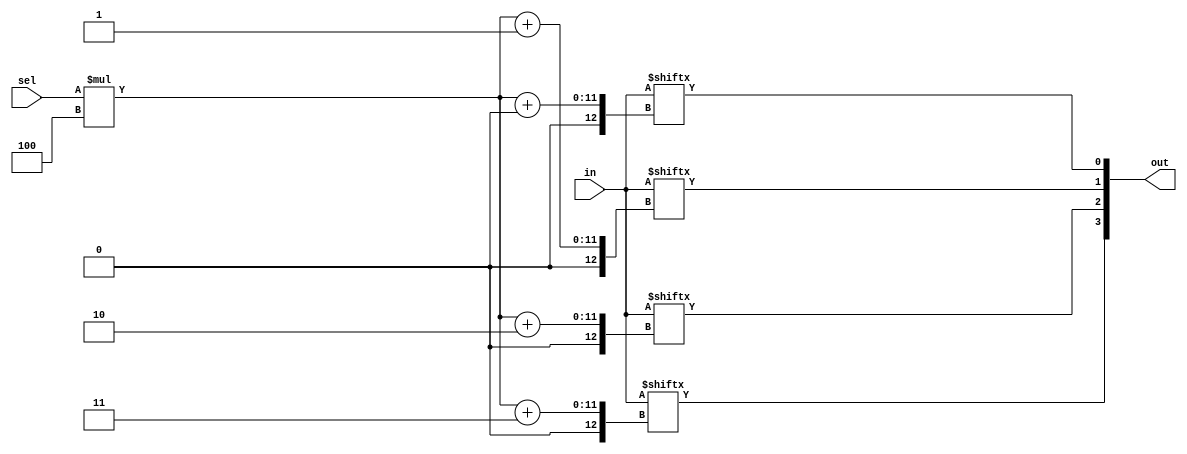
module top_module(
    input   [1023:0]  in,
    input   [   7:0] sel,
    output  [   3:0] out
);



// assign out=in[sel*4+3:sel*4];
// Vector indices can be variable,
//  as long as the synthesizer can figure out
//   that the width of the bits being selected 
//   is constant.   It's not always good at this. 
//   An error saying "... is not a constant" means 
// it couldn't prove that the select width is constant. In particular, 
// in[ sel*4+3 : sel*4 ] does not work.



// assign out=in[sel*4+3 -:4];
assign out={in[sel*4+3],in[sel*4+2],in[sel*4+1],in[sel*4+0]};

endmodule